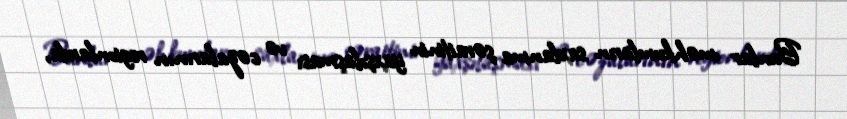
Bunlar məhkumların saxlanma şəraitinin yaxşılaşması və cəzalarının regionlarda,